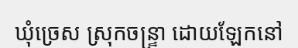
ឃុំច្រេស ស្រុកចន្ទ្រា ដោយឡែកនៅ